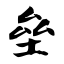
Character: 垒